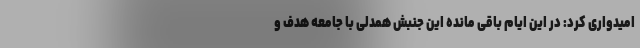
امیدواری کرد: در این ایام باقی مانده این جنبش همدلی با جامعه هدف و